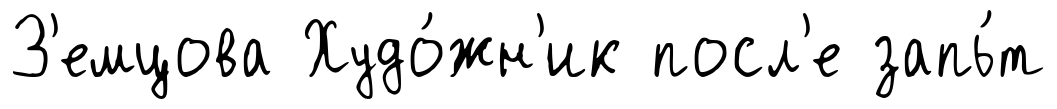
З'емцова Худо́жн'ик посл'е запь́т